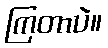
ကြတာပဲ။